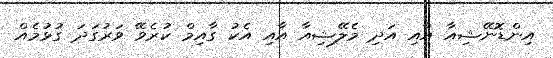
އިންޑޮނޭޝިއާ އާއި އަދި މެލޭޝިއާ އާއި އެކު ގާއިމް ކުރެވޭ ވަރުގަދަ ގުޅުމެއް